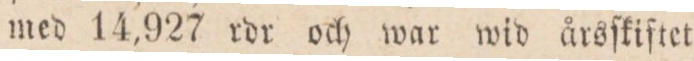
med 14,927 rdr och war wid årsſkiftet